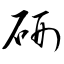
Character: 硎